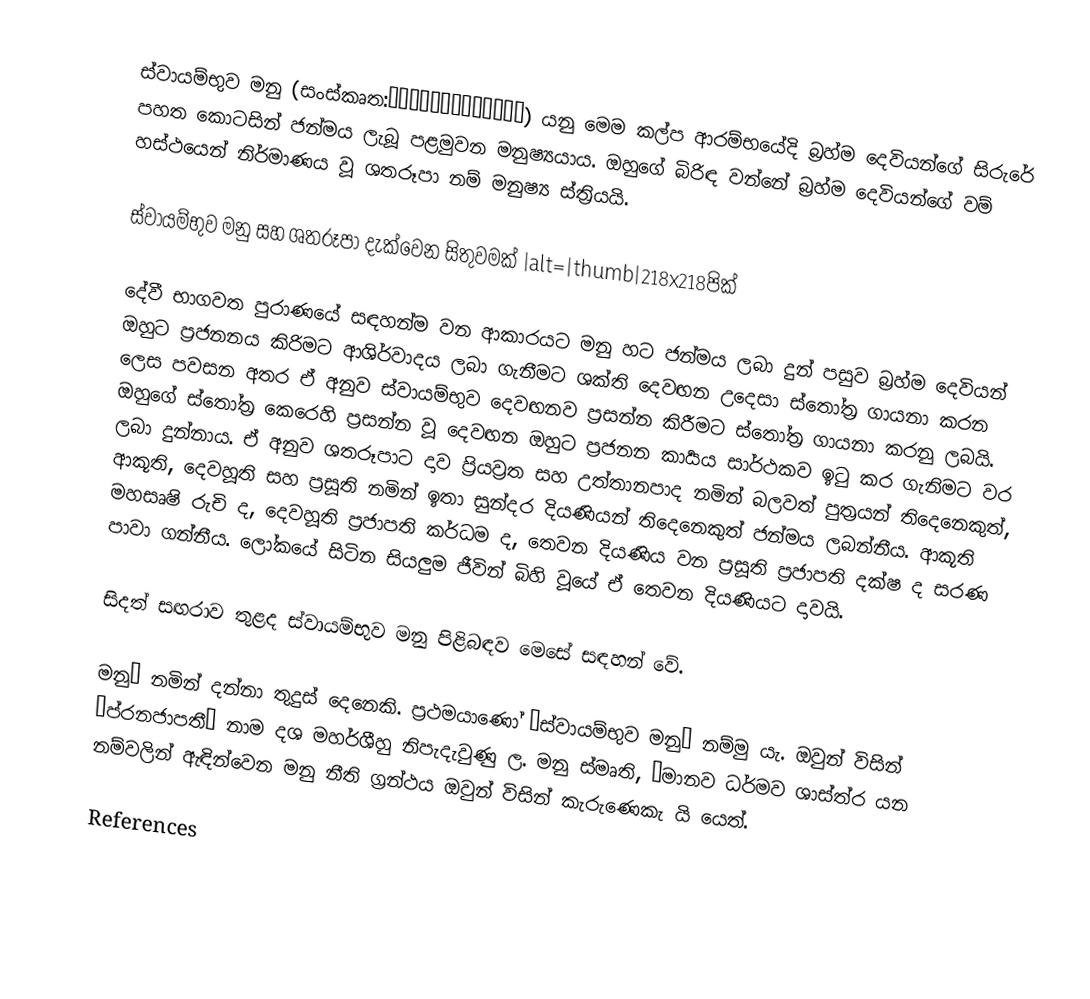
ස්වායම්භුව මනු (සංස්කෘත:स्वायम्भुवमनु) යනු මෙම කල්ප ආරම්භයේදි බ්‍රහ්ම දෙවියන්ගේ සිරුරේ පහත කොටසින් ජන්මය ලැබූ පළමුවන මනුෂ්‍යයාය. ඔහුගේ බිරිඳ වන්නේ බ්‍රහ්ම දෙවියන්ගේ වම් හස්ථයෙන් නිර්මාණය වූ ශතරූපා නම් මනුෂ්‍ය ස්ත්‍රියයි.

ස්වායම්භුව මනු සහ ශතරූපා දැක්වෙන සිතුවමක් |alt=|thumb|218x218පික්

දේවී භාගවත පුරාණයේ සඳහන්ම වන ආකාරයට මනු හට ජන්මය ලබා දුන් පසුව බ්‍රහ්ම දෙවියන් ඔහුට ප්‍රජනනය කිරිමට ආශිර්වාදය ලබා ගැනීමට ශක්ති දෙවඟන උදෙසා ස්තෝත්‍ර ගායනා කරන ලෙස පවසන අතර ඒ අනුව ස්වායම්භුව දෙවඟනව ප්‍රසන්න කිරීමට ස්තෝත්‍ර ගායනා කරනු ලබයි. ඔහුගේ ස්තෝත්‍ර කෙරෙහි ප්‍රසන්න වූ දෙවඟන ඔහුට ප්‍රජනන කාර්‍යය සාර්ථකව ඉටු කර ගැනිමට වර ලබා දුන්නාය. ඒ අනුව ශතරූපාට දාව ප්‍රියව්‍රත සහ උත්තානපාද නමින් බලවත් පුත්‍රයන් තිදෙනෙකුත්, ආකූති, දෙවහූති සහ ප්‍රසූති නමින් ඉතා සුන්දර දියණියන් තිදෙනෙකුත් ජන්මය ලබන්නීය. ආකූති මහසෘෂි රුචි ද, දෙවහූති ප්‍රජාපති කර්ධම ද, තෙවන දියණිය වන ප්‍රසූති ප්‍රජාපති දක්ෂ ද සරණ පාවා ගන්නීය. ලෝකයේ සිටින සියලුම ජීවින් බිහි වූයේ ඒ තෙවන දියණියට දාවයි.

සිදත් සඟරාව තුළද ස්වායම්භුව මනු පිළිබඳව මෙසේ සඳහන් වේ.

මනු’ නමින් දන්නා තුදුස් දෙනෙකි. ප්‍රථමයාණෝ ‘ස්වායම්භුව මනු’ නම්මු යැ. ඔවුන් විසින් ‘ප්රනජාපතී’ නාම දශ මහර්ශීහු නිපැදැවුණු ල. මනු ස්මෘති, ‘මානව ධර්මව ශාස්ත්ර යන නම්වලින් ඇඳින්වෙන මනු නීති ග්‍රන්ථය ඔවුන් විසින් කැරුණෙකැ යි යෙත්.

References